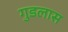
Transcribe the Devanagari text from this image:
गुडलास